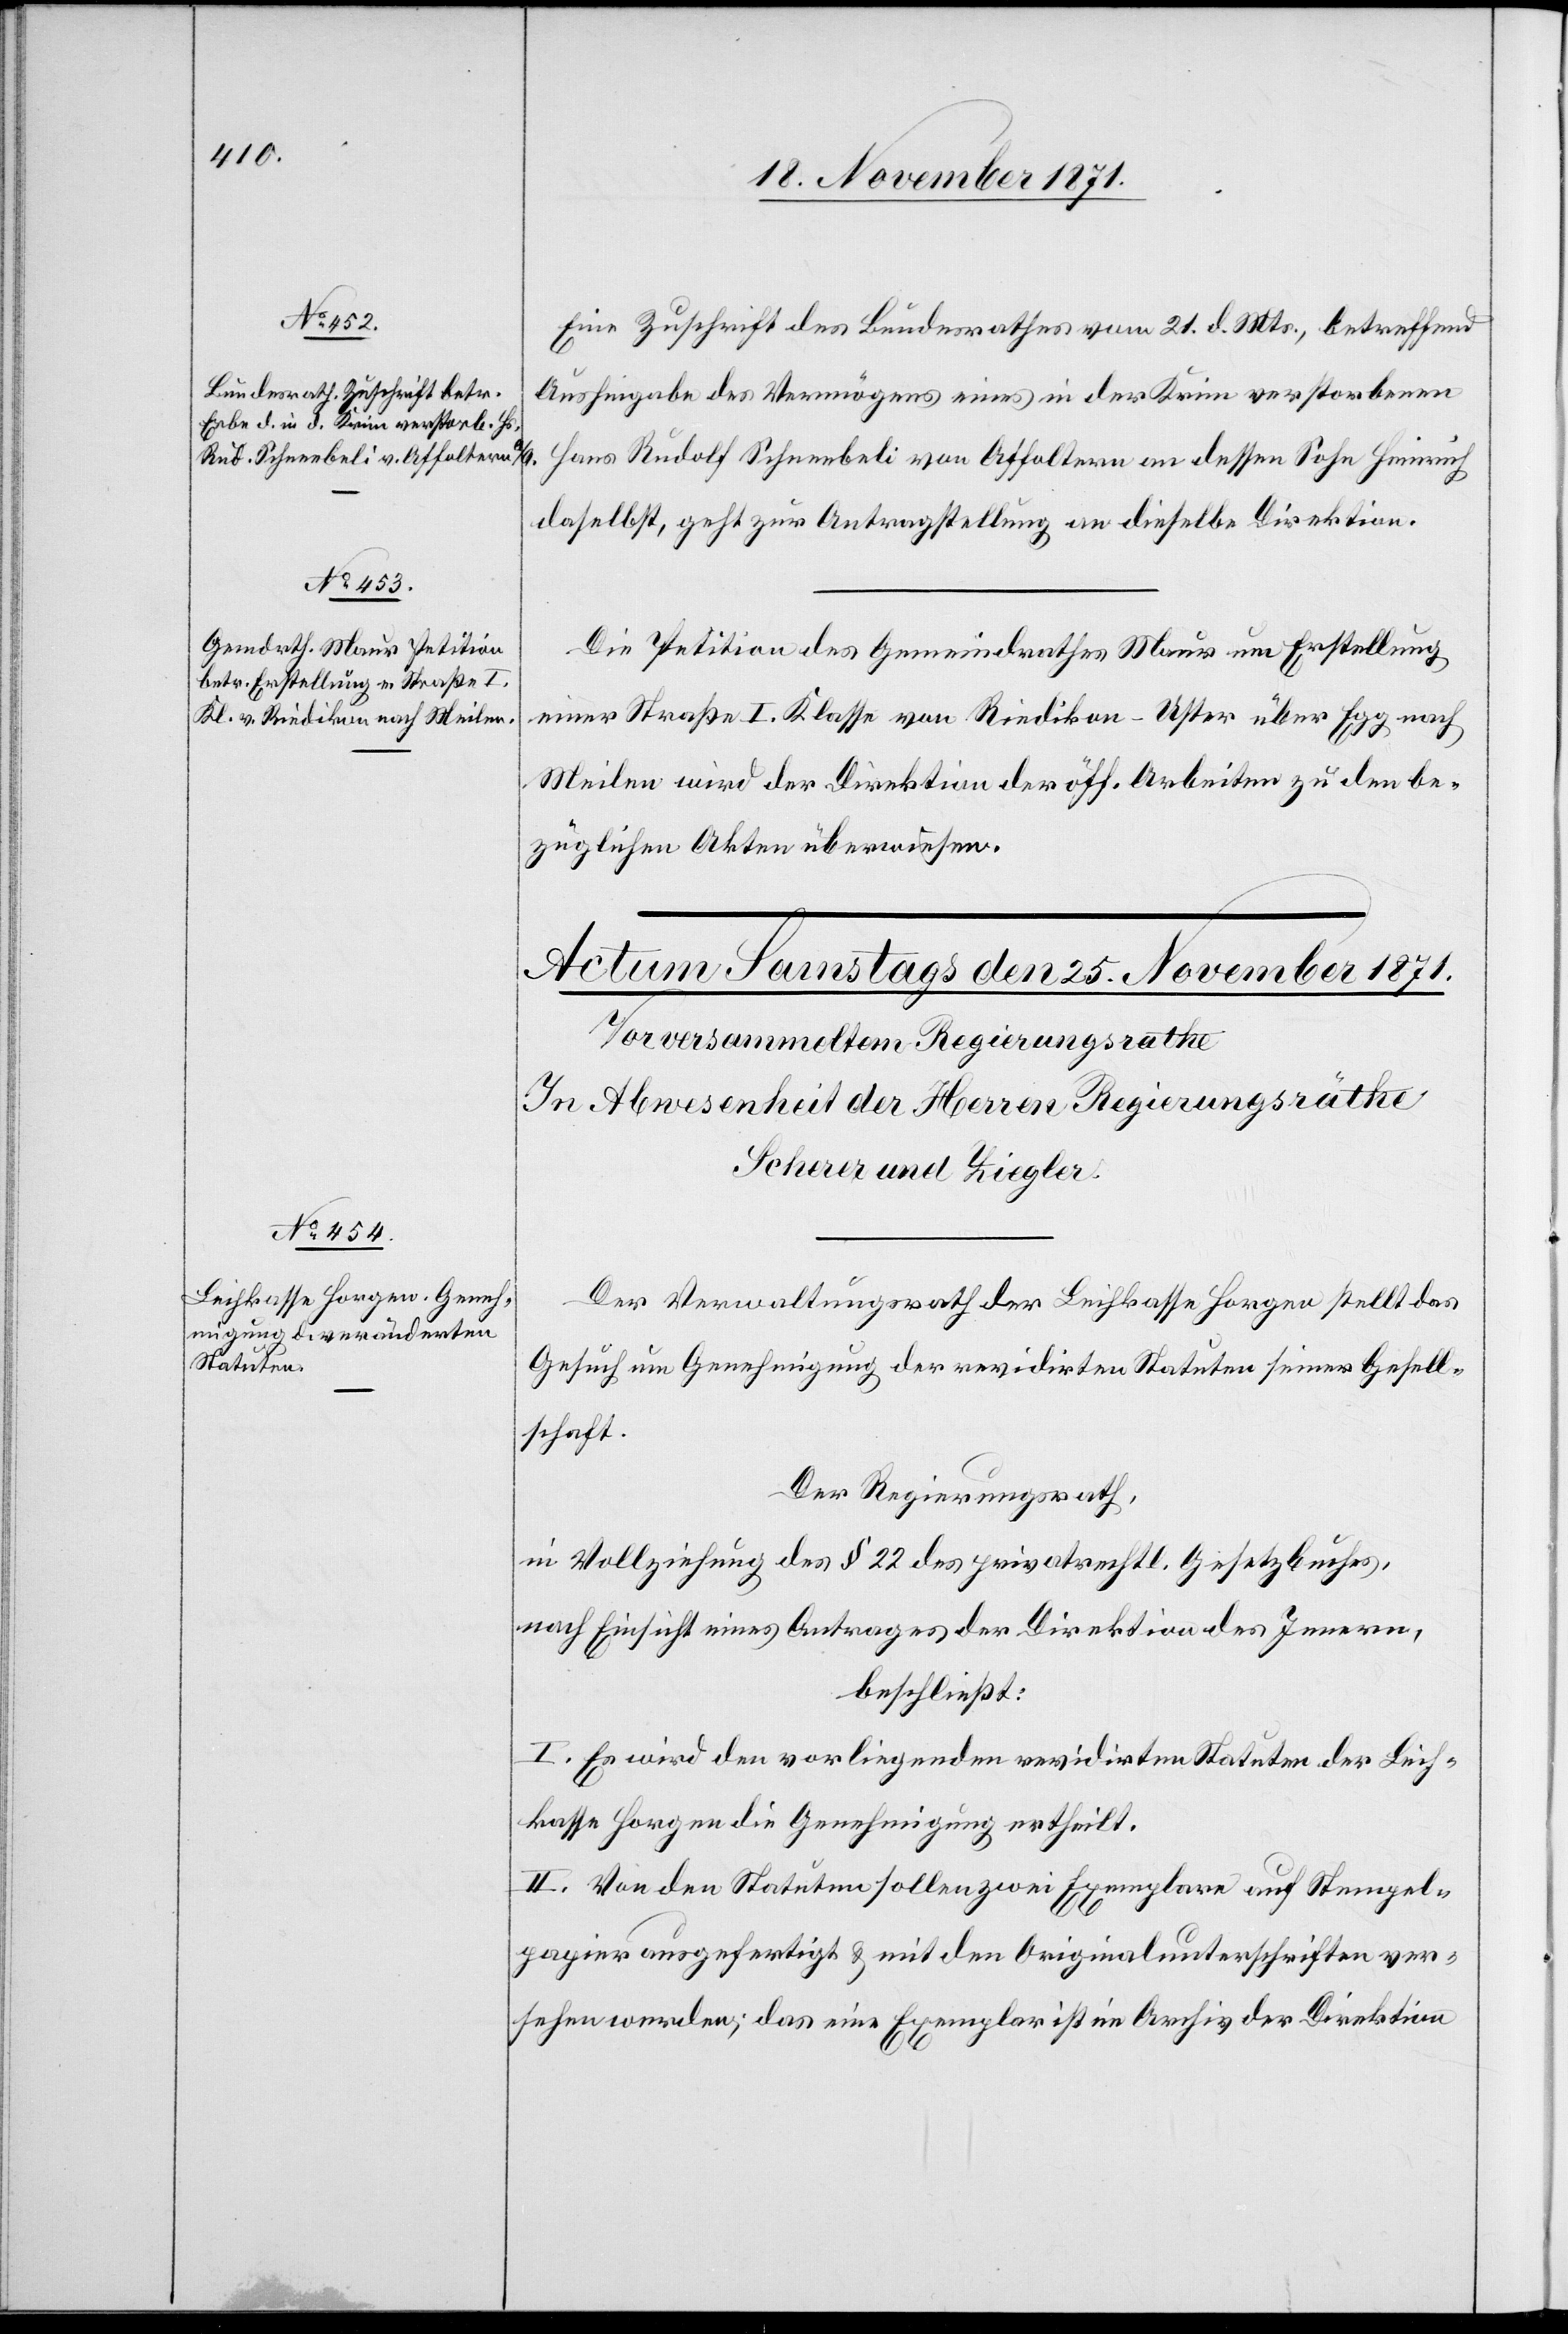
24. November 1871.]
Eine Zuschrift des Bundesrathes vom 21. d. Mts., betreffend
Aushingabe des Vermögens eines in der Krim verstorbenen
Hans Rudolf Schneebeli von Affoltern an dessen Sohn Heinrich
daselbst, geht zur Antragstellung an dieselbe Direktion.
Die Petition des Gemeindrathes Maur um Erstellung
einer Straße I. Klasse von Riedikon-Uster über Egg nach
Meilen wird der Direktion der öff. Arbeiten zu den be¬
züglichen Akten überwiesen.
Der Verwaltungsrath der Leihkasse Horgen stellt das
Gesuch um Genehmigung der revidirten Statuten seiner Gesell¬
schaft.
Der Regierungsrath,
in Vollziehung des § 22 des privatrecht. Gesetzbuches,
nach Einsicht eines Antrages der Direktion des Innern,
beschließt:
I. Es wird den vorliegenden revidirten Statuten der Leih¬
kasse Horgen die Genehmigung ertheilt.
II. Von den Statuten sollen zwei Exemplare auf Stempel¬
papier ausgefertigt & mit den Originalunterschriften ver¬
sehen werden; das eine Exemplar ist im Archiv der Direktion